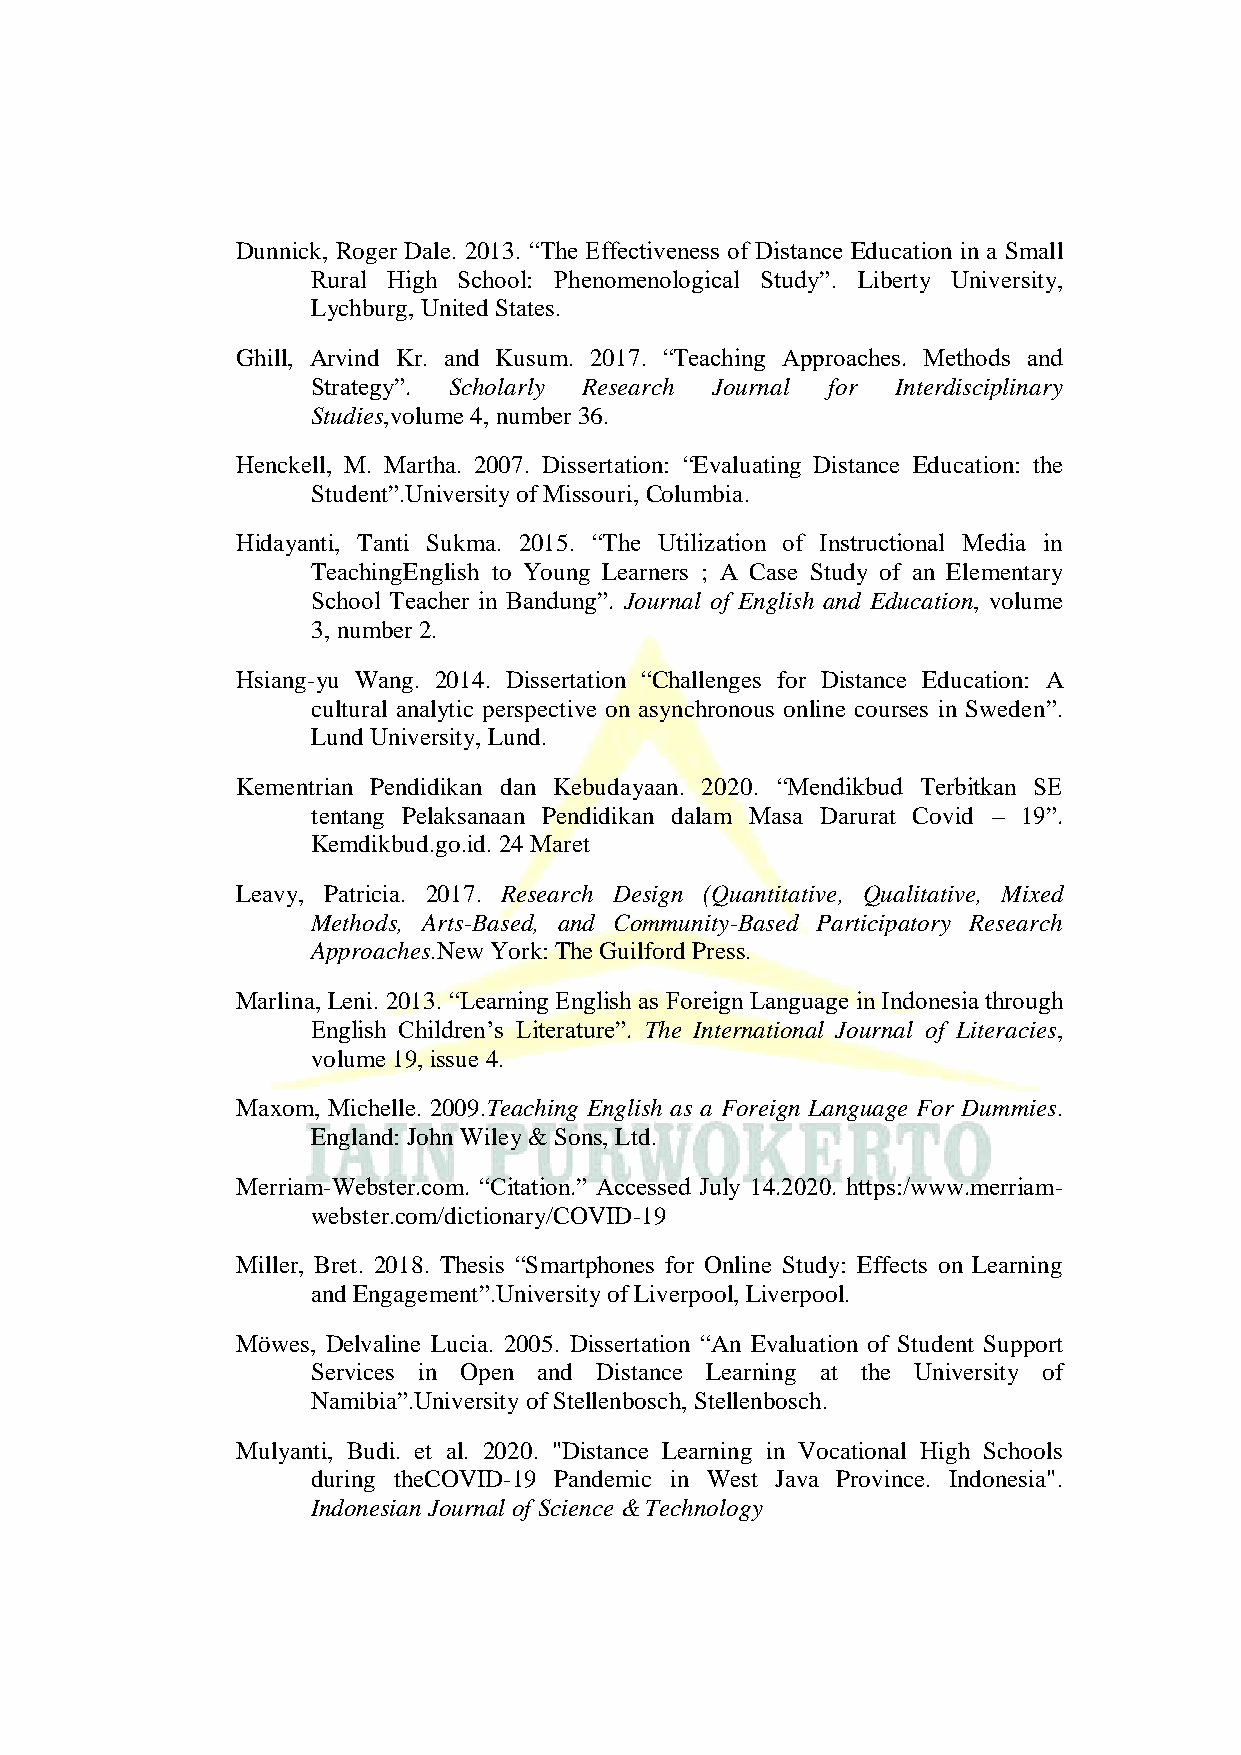
Dunnick, Roger Dale. 2013. “The Effectiveness of Distance Education in a Small
 Rural High School: Phenomenological Study”. Liberty University,
 Lychburg, United States.
 Ghill, Arvind Kr. and Kusum. 2017. “Teaching Approaches. Methods and
 Strategy”. Scholarly Research Journal for Interdisciplinary
 Studies,volume 4, number 36.
 Henckell, M. Martha. 2007. Dissertation: “Evaluating Distance Education: the
 Student”.University of Missouri, Columbia.
 Hidayanti, Tanti Sukma. 2015. “The Utilization of Instructional Media in
 TeachingEnglish to Young Learners ; A Case Study of an Elementary
 School Teacher in Bandung”. Journal of English and Education, volume
 3, number 2.
 Hsiang-yu Wang. 2014. Dissertation “Challenges for Distance Education: A
 cultural analytic perspective on asynchronous online courses in Sweden”.
 Lund University, Lund.
 Kementrian Pendidikan dan Kebudayaan. 2020. “Mendikbud Terbitkan SE
 tentang Pelaksanaan Pendidikan dalam Masa Darurat Covid – 19”.
 Kemdikbud.go.id. 24 Maret
 Leavy, Patricia. 2017. Research Design (Quantitative, Qualitative, Mixed
 Methods, Arts-Based, and Community-Based Participatory Research
 Approaches.New York: The Guilford Press.
 Marlina, Leni. 2013. “Learning English as Foreign Language in Indonesia through
 English Children’s Literature”. The International Journal of Literacies,
 volume 19, issue 4.
 Maxom, Michelle. 2009.Teaching English as a Foreign Language For Dummies.
 England: John Wiley & Sons, Ltd.
 Merriam-Webster.com. “Citation.” Accessed July 14.2020. https:/www.merriam-
 webster.com/dictionary/COVID-19
 Miller, Bret. 2018. Thesis “Smartphones for Online Study: Effects on Learning
 and Engagement”.University of Liverpool, Liverpool.
 Möwes, Delvaline Lucia. 2005. Dissertation “An Evaluation of Student Support
 Services in Open and Distance Learning at the University of
 Namibia”.University of Stellenbosch, Stellenbosch.
 Mulyanti, Budi. et al. 2020. "Distance Learning in Vocational High Schools
 during theCOVID-19 Pandemic in West Java Province. Indonesia".
 Indonesian Journal of Science & Technology